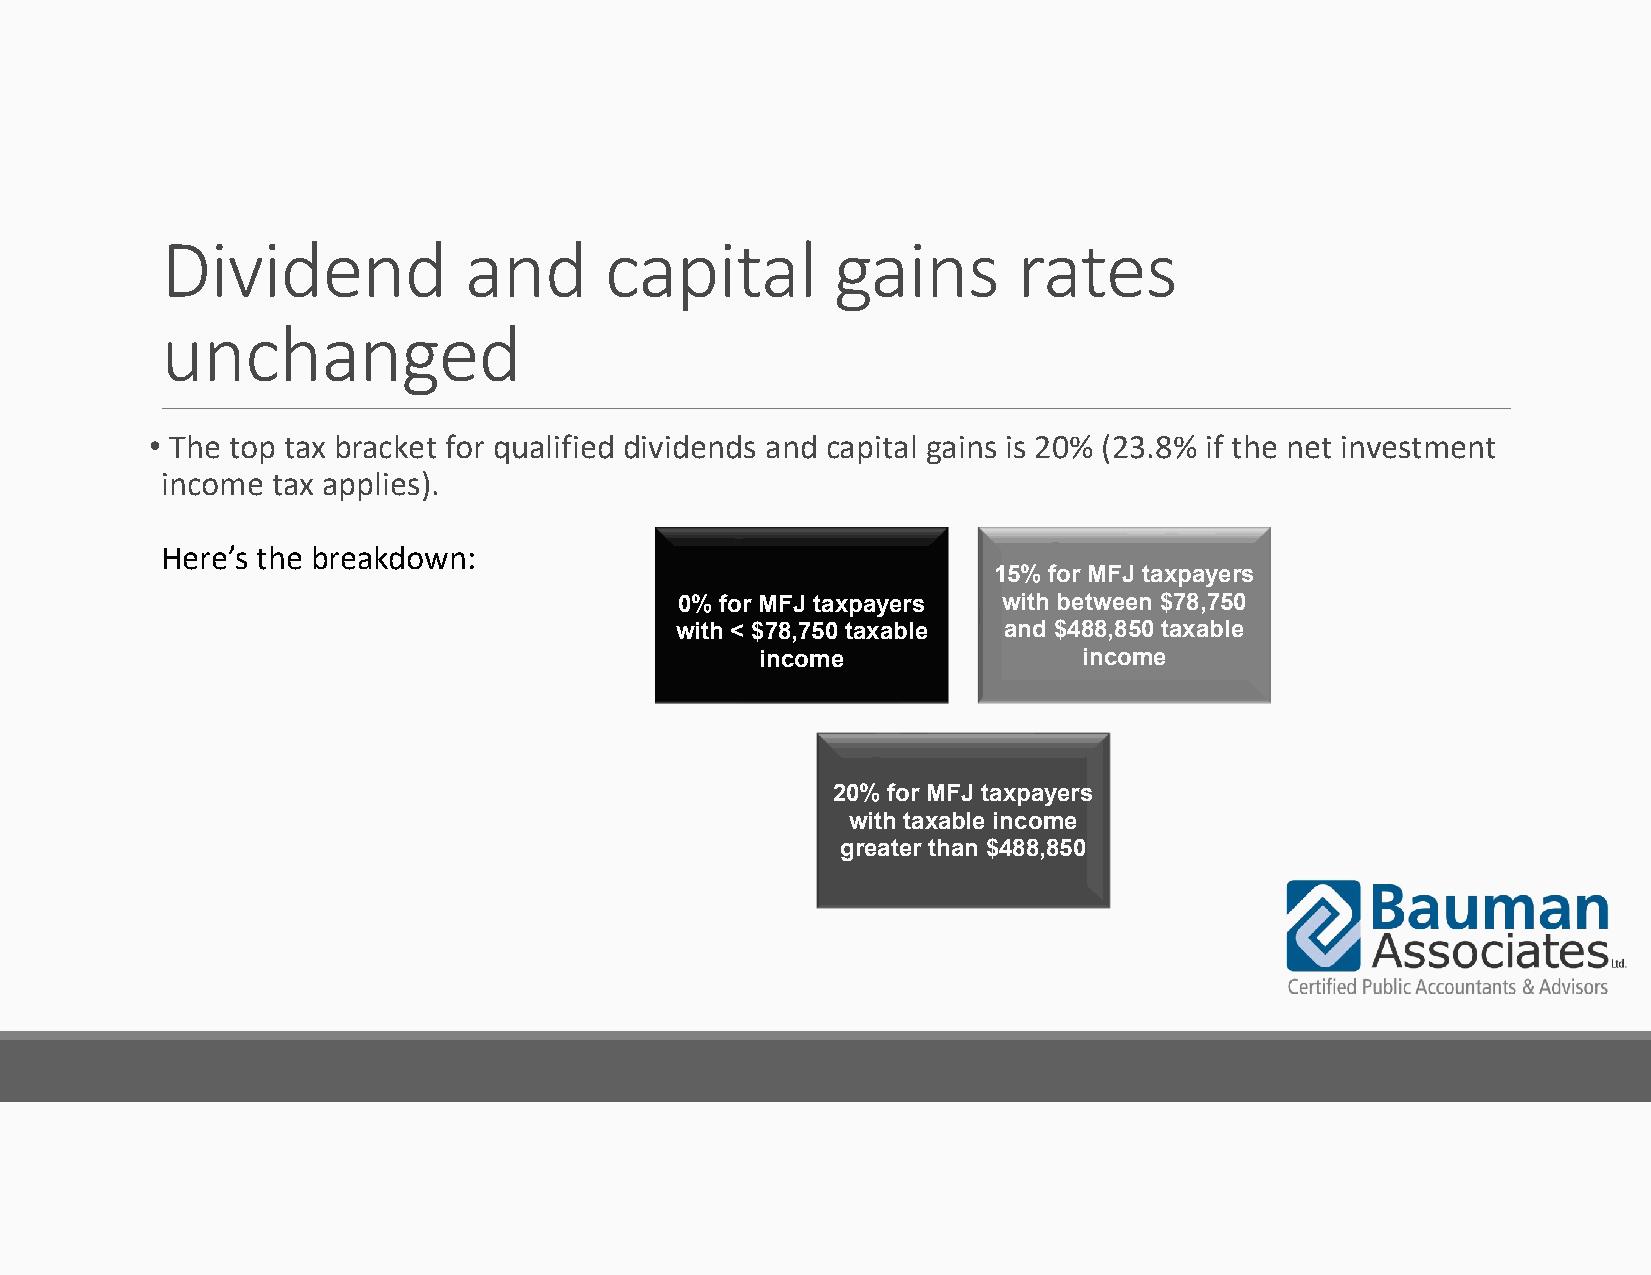
Dividend            and      capital        gains       rates
 unchanged
 • The top tax bracket for qualified dividends and capital gains is 20% (23.8% if the net investment
 income tax applies).
 Here’s the breakdown:
 15% for MFJ taxpayers
 0% for MFJ taxpayers with between $78,750
 with < $78,750 taxable and $488,850 taxable
 income                income
 20% for MFJ taxpayers
 with taxable income
 greater than $488,850